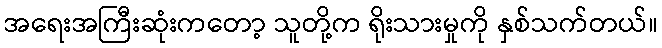
အရေးအကြီးဆုံးကတော့ သူတို့က ရိုးသားမှုကို နှစ်သက်တယ်။